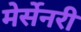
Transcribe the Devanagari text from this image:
मेर्सेनरी